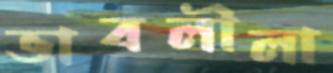
ভাবলীলা